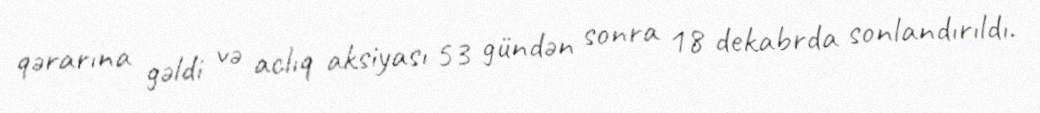
qərarına gəldi və aclıq aksiyası 53 gündən sonra 18 dekabrda sonlandırıldı.